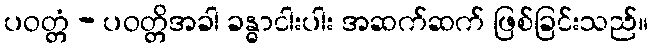
ပဝတ္တံ - ပဝတ္တိအခါ ခန္ဓာငါးပါး အဆက်ဆက် ဖြစ်ခြင်းသည်။